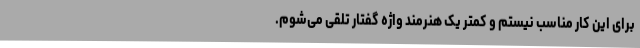
برای این کار مناسب نیستم و کمتر یک هنرمند واژه گفتار تلقی می‌شوم.